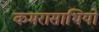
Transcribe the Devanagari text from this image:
कमरासाथियों